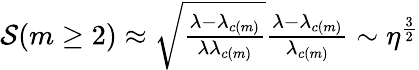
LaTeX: \begin{array}{r}{\mathcal{S}(m\geq 2)\approx\sqrt{\frac{{\lambda-{\lambda_{c(m)}}}}{{\lambda{\lambda_{c(m)}}}}}\frac{{\lambda-{\lambda_{c(m)}}}}{{{\lambda_{c(m)}}}}\sim{\eta^{\frac{3}{2}}}}\end{array}